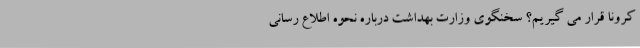
کرونا قرار می‌ گیریم؟ سخنگوی وزارت بهداشت درباره نحوه اطلاع رسانی